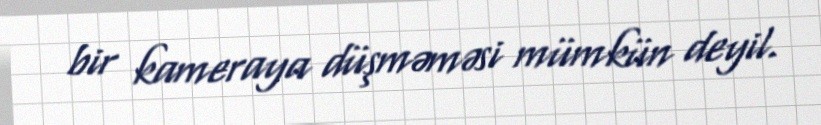
bir kameraya düşməməsi mümkün deyil.